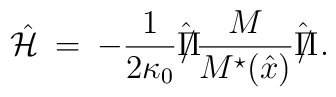
\hat {\cal H} \> = \>- \frac{1}{2 \kappa_0} \hat {\Pi \hspace{-8pt}/} \frac{M}{M^{\star}(\hat x) } \hat {\Pi \hspace{-8pt}/} \> .